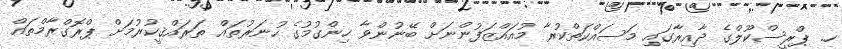
ހ. ޕްރީސްކޫލްގެ ދާއިރާގައި މަސައްކަތްކުރާ މުއައްޒަފުންނަށް ބޭނުންވާ ހިންގުމުގެ ހުނަރުތައް ތަރައްޤީކުރުމަށް ޕްރޮގްރާމްތައް